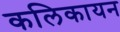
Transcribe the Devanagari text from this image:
कलिकायन